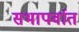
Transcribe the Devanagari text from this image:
सभापर्वात